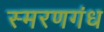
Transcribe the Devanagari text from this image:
स्मरणगंध